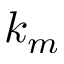
k _ { m }